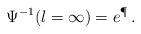
LaTeX: \begin{align*}\Psi^{-1}(\l=\infty) = e^\P\, . \end{align*}